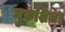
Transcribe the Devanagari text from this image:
गुरुशिखऱ